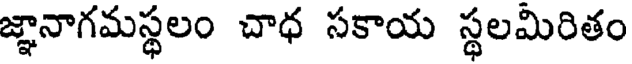
జ్ఞానాగమస్థలం చాధ సకాయ స్థలమిరితం